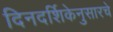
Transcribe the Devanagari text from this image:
दिनदर्शिकेनुसारचे